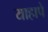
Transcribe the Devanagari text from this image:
याहापे